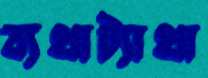
ব্যথাট্যাথা